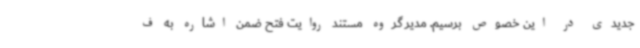
جدیدی در این خصوص برسیم. مدیر گروه مستند روایت فتح ضمن اشاره به ف